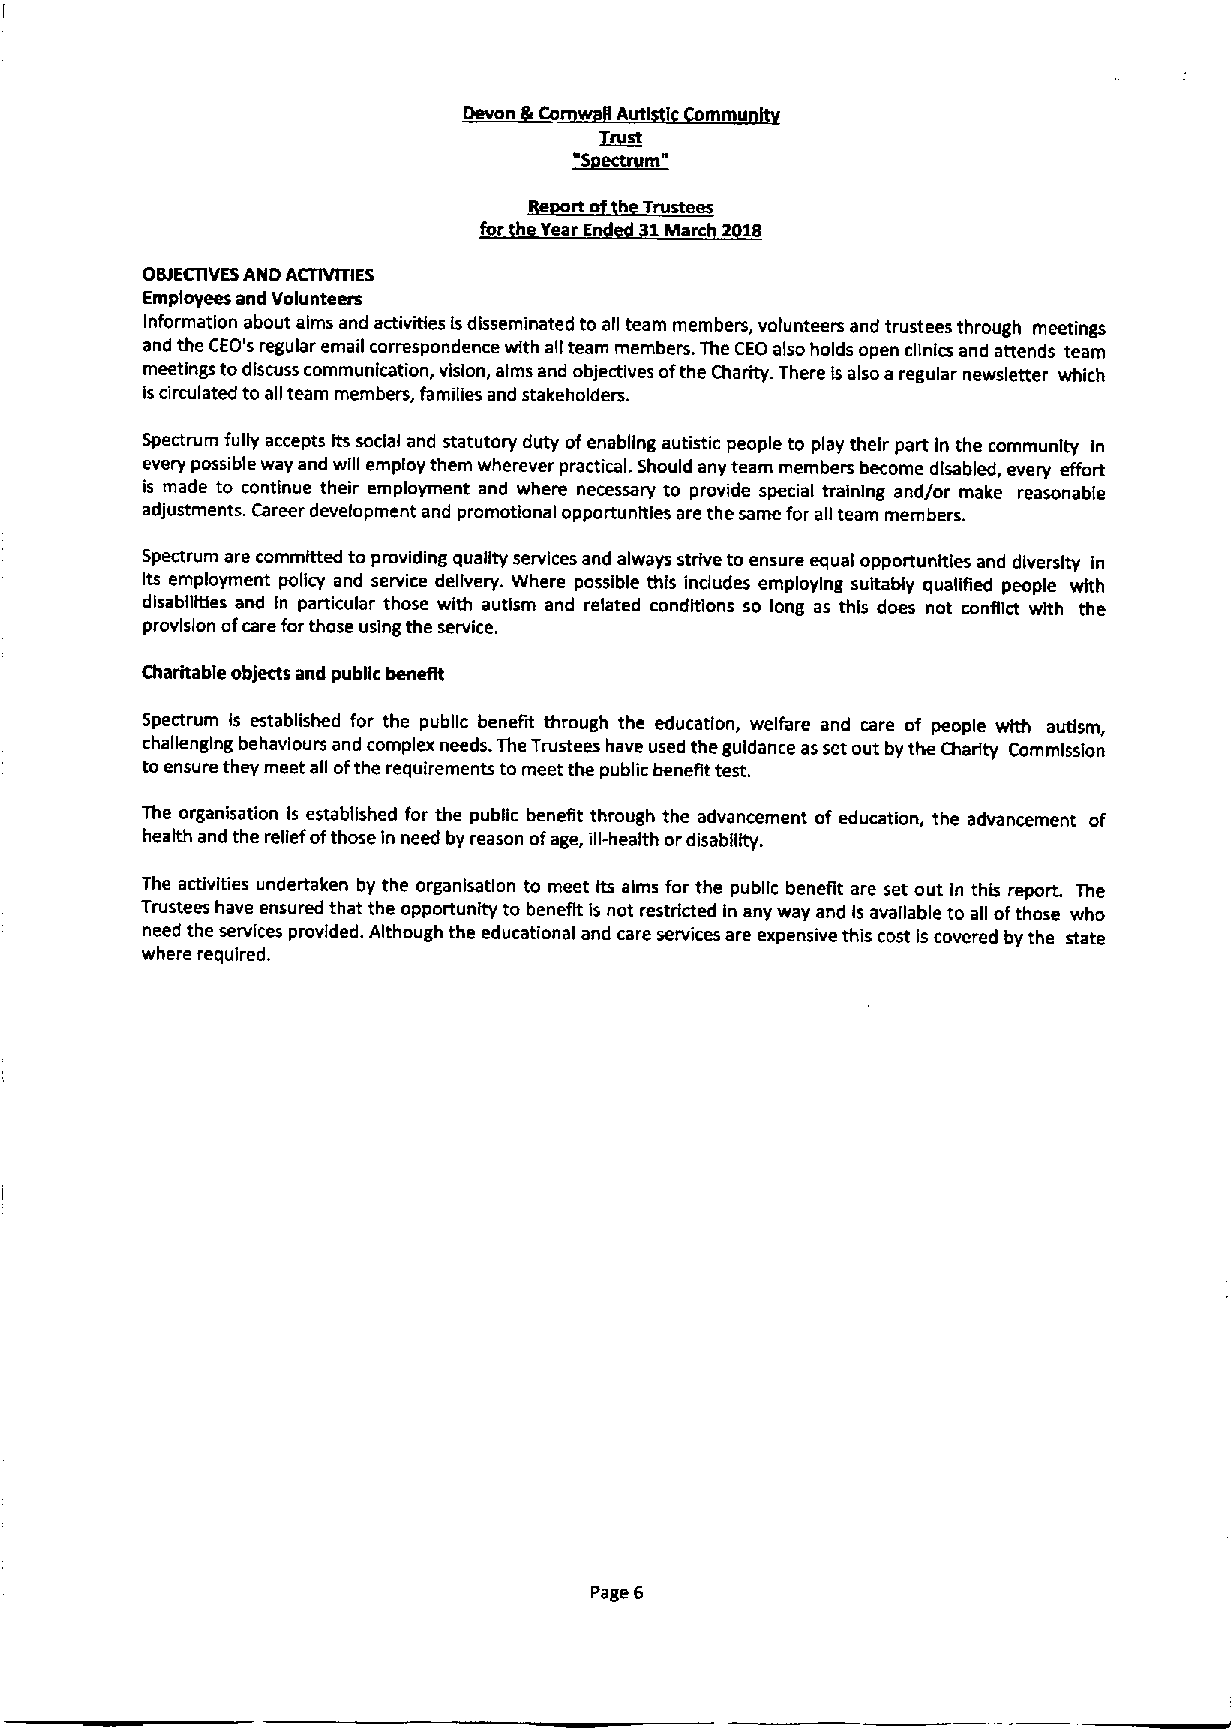
Devon Co  Autl I mmu
 Jgtrst
 ~Sectrgm"
 jLe~rt ~h~yrusteeg
 for h Year E 1Marc 2 18
 08IECTIVESAND ACTIVITIES
 Employees and Volunteers
 Information about alms and activities isdisseminated to all team members, volunteers and trustees through meetings
 and the CEO's regular email correspondence with all team members. The CEO also holds open clinics and attends team
 meetings todiscuss communication, vision, alms and objectives ofthe Charity. There Isalso a regular newsletter which
 iscirculated to all team members, families and stakeholders.
 Spectrum fully accepts Its social and statutory duty ofenabling autistic people to play their part in the communIty In
 every possible way and will employ them wherever practical. Should any team members become disabled, every effort
 is made to continue their employment and where necessary to provide special training and/or make reasonable
 adjustments. Career development and promotional opportunities are the same for all team members.
 Spectrum are committed to providing quality services and always strive to ensure equal opportunities and diversity in
 its employment policy and service delivery. Where possible this indudes employing suitably qualified people with
 disabilities and In particular those with autism and related conditions so long as this does not conflict with the
 provision ofcare for those using the service.
 Charitable objects and pubgc benefit
 Spectrum Is established for the public benefit through the education, welfare and care of people with autism,
 challenging behavlours and complex needs. The Trustees have used the guidance as set out by the Charity Commission
 toensure they meet all ofthe requirements to meet the public benefit test.
 The organisation Is established for the public benefit through the advancement of education, the advancement of
 health and the relief ofthose in need by reason ofage, ill-health ordisablgty.
 The activities undertaken by the organlsatlon to meet its alms for the public benefit are set out In this report. The
 Trustees have ensured that the opportunity to benefit is not restricted in any way and Is available to all ofthose who
 need the services provided. Although the educational and care services are expensive this cost is covered by the state
 where required.
 Page 6